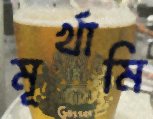
মূর্খামি